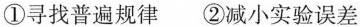
①寻找普遍规律 ②减小实验误差